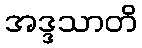
အဒ္ဒသာတိ